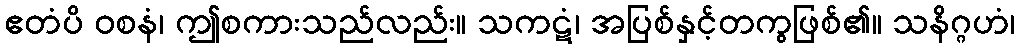
ဧတံပိ ဝစနံ၊ ဤစကားသည်လည်း။ သကဋံ၊ အပြစ်နှင့်တကွဖြစ်၏။ သနိဂ္ဂဟံ၊